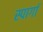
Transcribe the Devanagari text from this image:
स्पार्गा